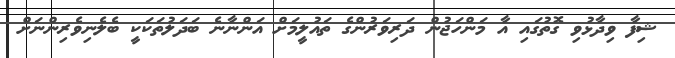
ޝިފާ ވިދާޅުވި ގޮތުގައި އާ މަންހަޖުން ދަރިވަރުންގެ ތައުލީމަށް އަންނާނެ ބަދަލުތަކަކީ ބެލެނިވެރިންނަށް